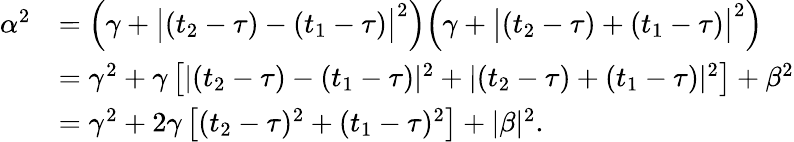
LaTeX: \begin{array}{rl}{\alpha^{2}}&{=\Big(\gamma+\big|(t_{2}-\tau)-(t_{1}-\tau)\big|^{2}\Big)\Big(\gamma+\big|(t_{2}-\tau)+(t_{1}-{\tau})\big|^{2}\Big)}\\ &{=\gamma^{2}+\gamma\left[|(t_{2}-\tau)-(t_{1}-\tau)|^{2}+|(t_{2}-\tau)+(t_{1}-{\tau})|^{2}\right]+\beta^{2}}\\ &{=\gamma^{2}+2\gamma\left[(t_{2}-\tau)^{2}+(t_{1}-\tau)^{2}\right]+|\beta|^{2}.}\end{array}